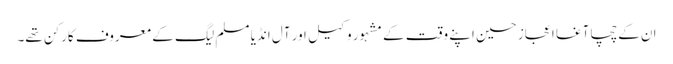
ان کے چچا آغا اعجاز حسین اپنے وقت کے مشہور وکیل اور آل انڈیا مسلم لیگ کے معروف کارکن تھے۔